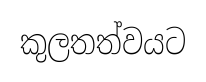
කුලතත්වයට